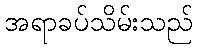
အရာခပ်သိမ်းသည်